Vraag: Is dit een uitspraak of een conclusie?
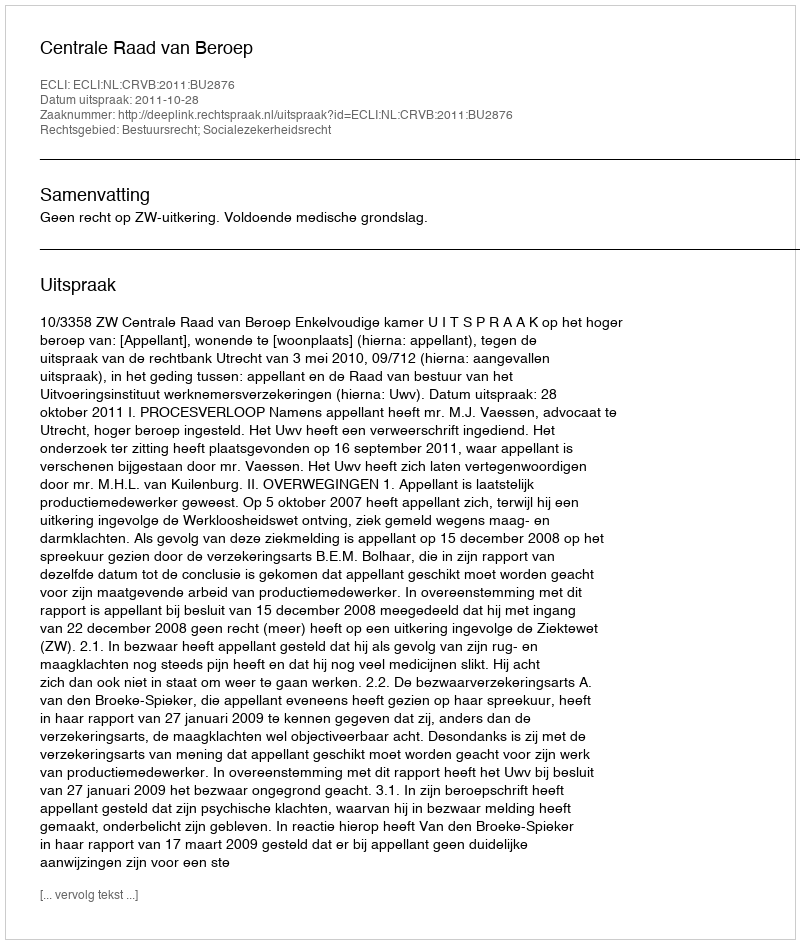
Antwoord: Uitspraak